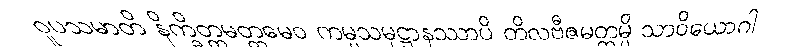
ဝူပသမာတိ နိက္ခိတ္တမတ္တမေဝ ကမ္မသမုဋ္ဌာနဿာပိ တိလဗီဇမတ္တမ္ပိ သာဝိယောဂါ